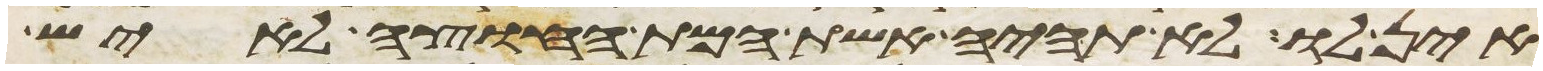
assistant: אין לו לא תהיה אשת המת החוצה לאיש